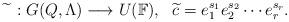
LaTeX: \begin{align*}\widetilde{} \ :G(Q,\Lambda)\longrightarrow U(\Bbb F),\ \ \widetilde{c}=e_1^{s_1}e_2^{s_2}\cdots e_r^{s_r}.\end{align*}